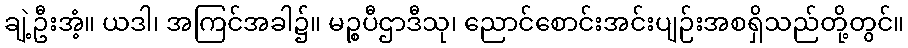
ချဲ့ဦးအံ့။ ယဒါ၊ အကြင်အခါ၌။ မဉ္စပီဌာဒီသု၊ ညောင်စောင်းအင်းပျဉ်းအစရှိသည်တို့တွင်။